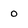
Character: o